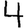
Digit: 4